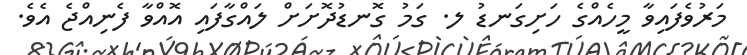
މަރުވެފައިވާ މީހެއްގެ ހަށިގަނޑު ލ. ގަމު ގޮނޑުދޮށަށް ލައްގާފައި އޮއްވާ ފެނިއްޖެ އެވެ.